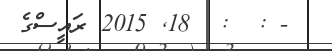
- :  :  18